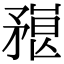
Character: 𥎇